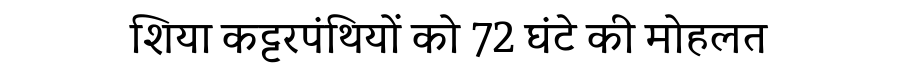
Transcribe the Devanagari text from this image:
शिया कट्टरपंथियों को 72 घंटे की मोहलत